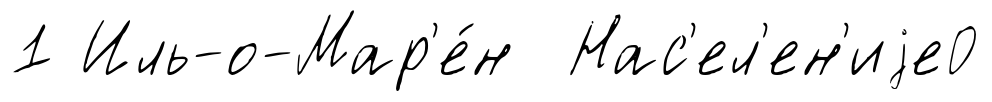
1 Иль-о-Мар'е́н Нас'ел'ен'иjе0